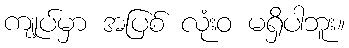
ကျုပ်မှာ အပြစ် လုံးဝ မရှိပါဘူး။